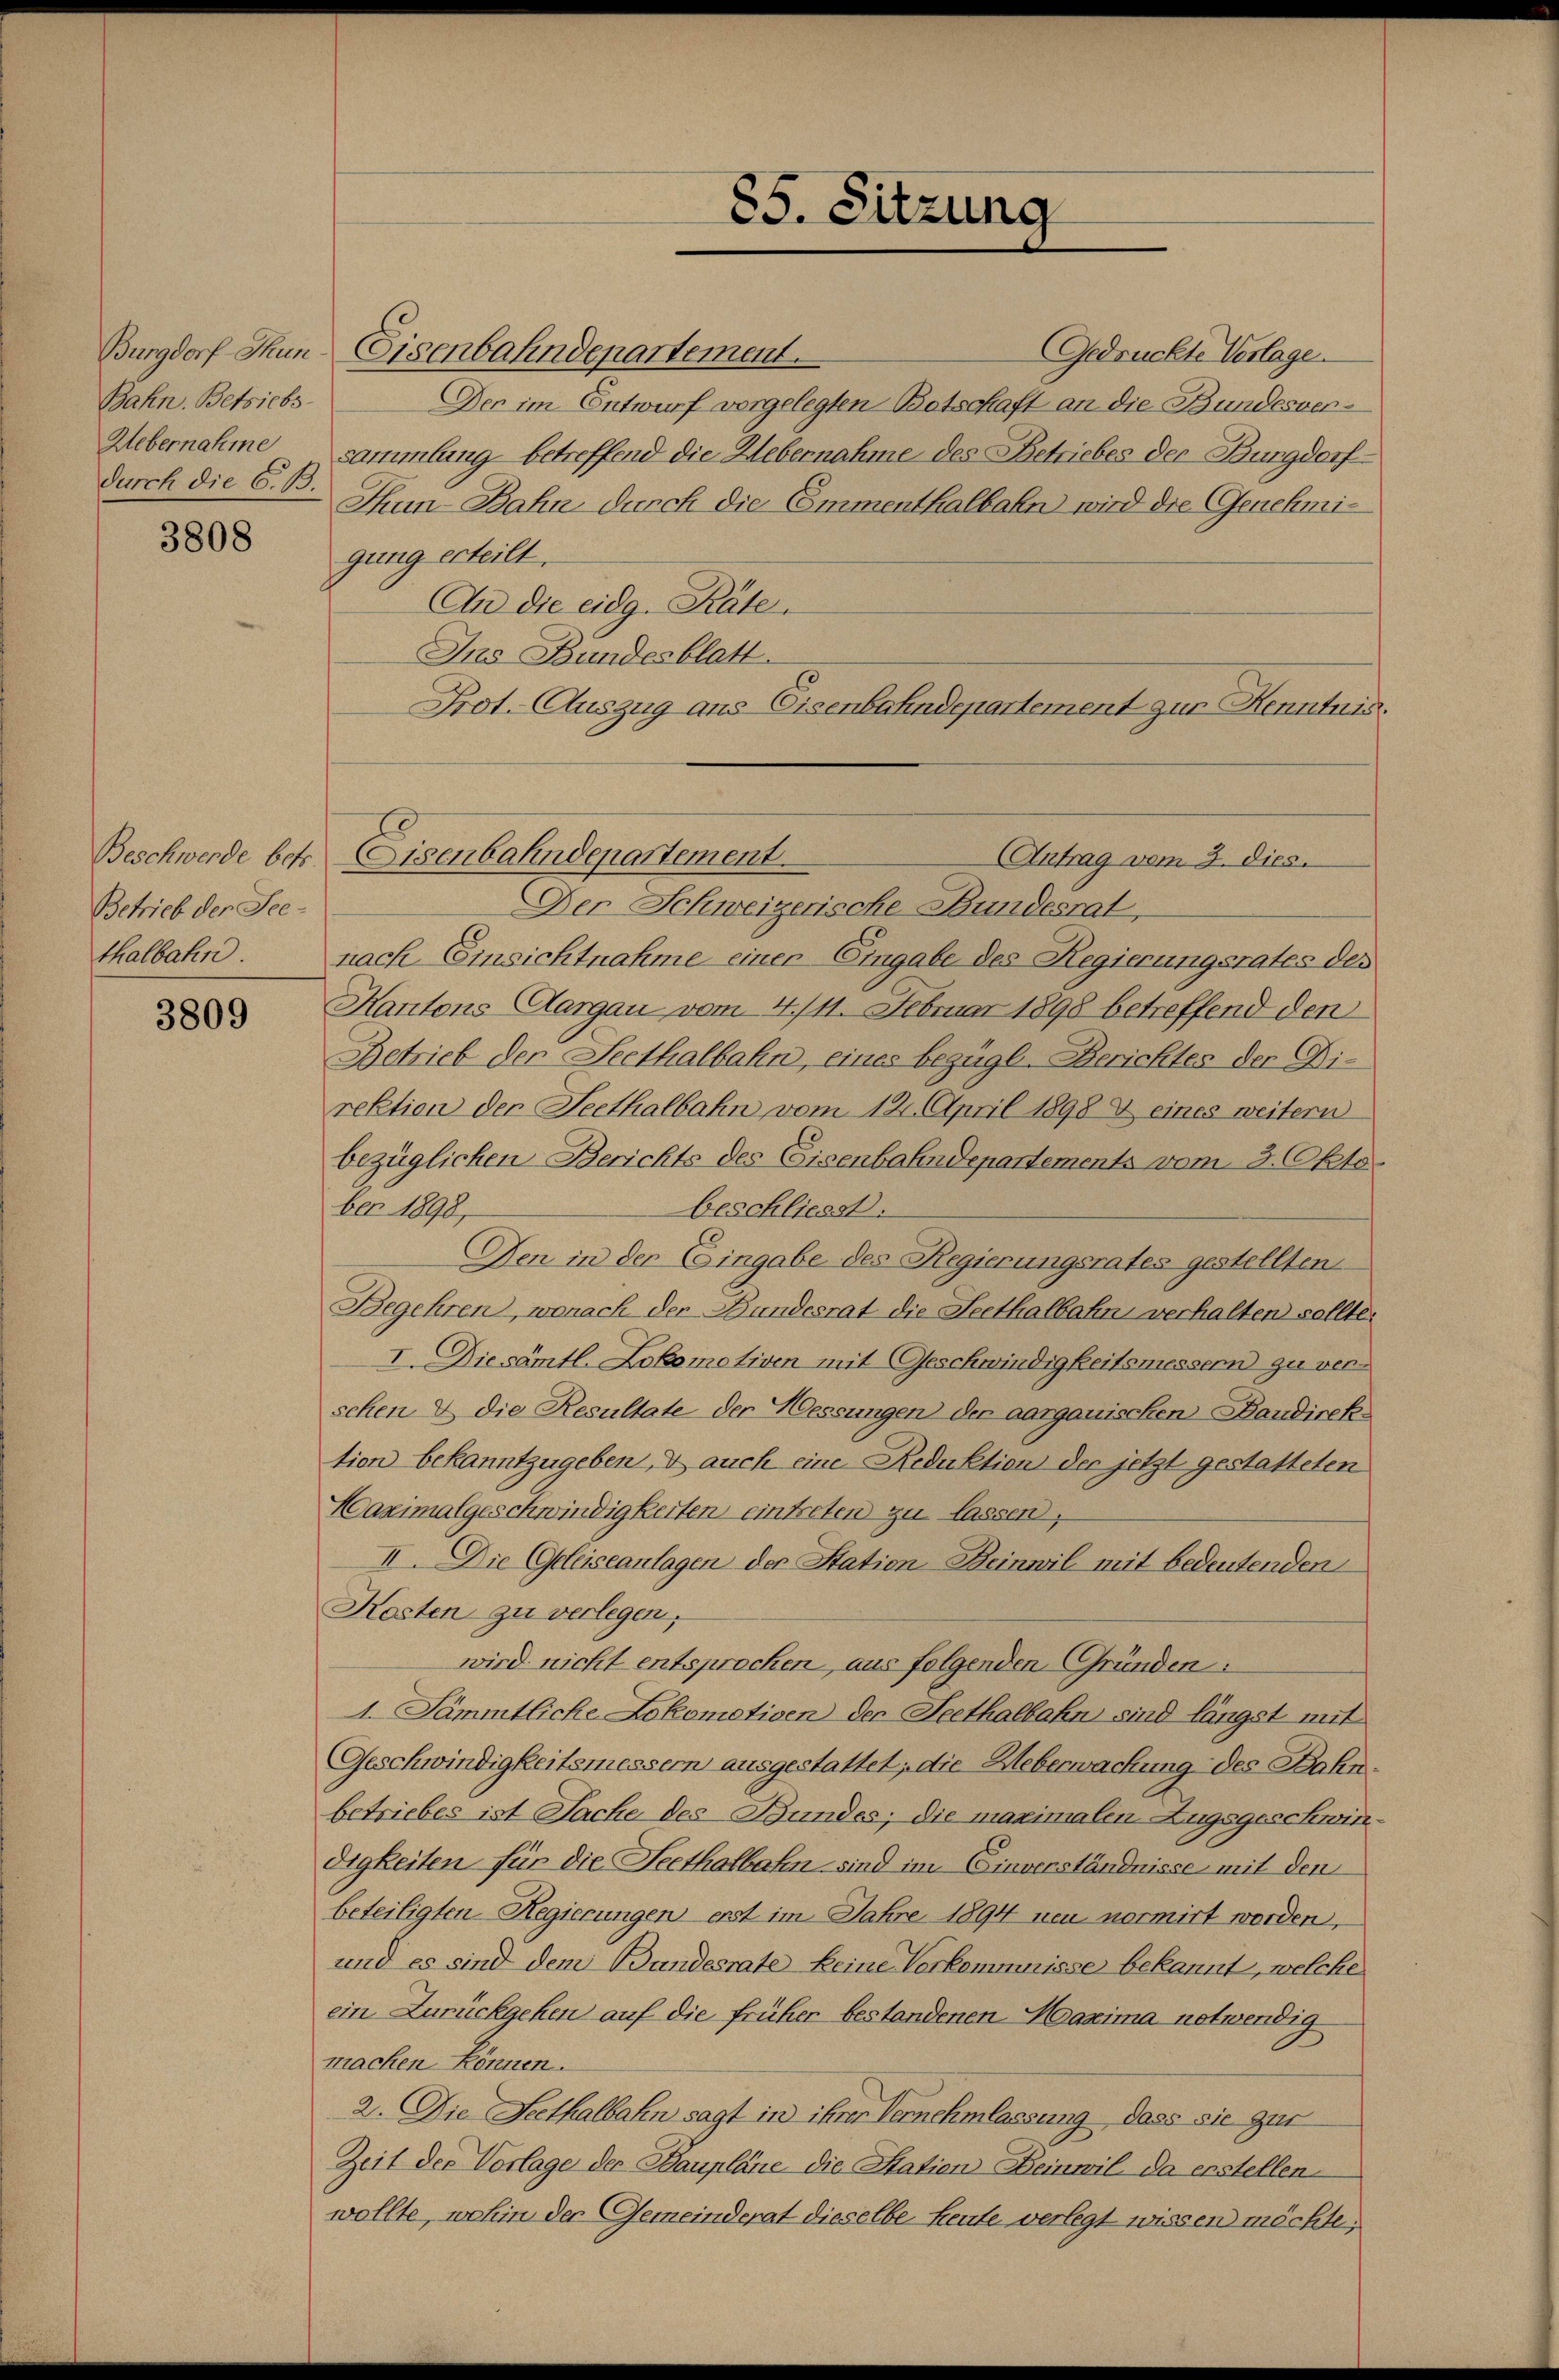
Bahn. Betriebs
Uebernahme
durch die C. B.

3808

Betrieb der See-
thalbahn.

3809

Burgdorf Thun, Eisenbahndepartement.
Der im Entwurf vorgelegten Botschaft an die Bundesversammlung betreffend die Uebernahme des Betriebes der Bungdorf
Thun-Bahn durch die Emmenthalbahn wird die Genehmigung erteilt.
An die eidg. Räte.
Ins Bundesblatt.
Prot. Auszug aus Eisenbahndepartement zur Kenntnis.
Der Schweizerische Bundesrat,
nach Einsichtnahme einer Eingabe des Regierungsrates des
Kantons Aargau vom 4/11. Februar 1898 betreffend den
Betrieb der Seethalbahn, eines bezügl. Berichtes der Direktion der Seethalbahn vom 12. April 1898 & eines weitern
bezüglichen Berichts des Eisenbahndepartements vom 3. Oktober 1898,
beschliesst.
Den in der Eingabe des Regierungsrates gestellten
Begehren, wonach der Bundesrat die Seethalbahn verhalten sollte.
I. Die sämtl. Lokomotiven mit Geschwindigkeitsmessern zu verschen & die Resultate der Messungen der aargauischen Baudirek
tion bekanntzugeben, d auch eine Reduktion der jetzt gestatteten
Maximalgeschwindigkeiten eintreten zu lassen,
II. Die Geleiseanlagen der Station Beinwil mit bedeutenden
Kosten zu verlegen,
wird nicht entsprochen, aus folgenden Gründen:
1. Sämmtliche Lokomotiven der Seethalbahn sind längst mit
Geschwindigkeitsmessern ausgestattet; die Ueberwachung des Bahnbetriebes ist Sache des Bundes; die maximalen Zugsgeschwin-
digkeiten für die Seethalbahn sind im Einverständnisse mit den
beteiligten Regierungen erst im Jahre 1894 neu normirt worden,
und es sind dem Bundesrate keine Vorkommnisse bekannt, welche
ein Zurückgehen auf die früher bestandenen Maxima notwendig
machen können.
2. Die Seethalbahn sagt in ihrer Vernehmlassung dass sie zur
Zeit der Vorlage der Baupläne die Station Beinwil da erstellen-
wollte, wohin der Gemeinderat dieselbe heute verlegt wissen möchte.

Beschwerde betr. Eisenbahndepartement.

85. Sitzung

Gedrückte Vorlage.

(Antrag vom 3. dies.